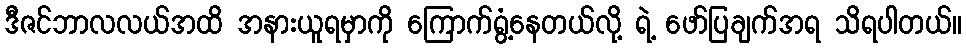
ဒီဇင်ဘာလလယ်အထိ အနားယူရမှာကို ကြောက်ရွံ့နေတယ်လို့ ရဲ့ ဖော်ပြချက်အရ သိရပါတယ်။